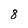
Character: 8